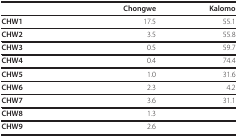
<table><thead><tr><td></td><td><b>Chongwe</b></td><td><b>Kalomo</b></td></tr></thead><tbody><tr><td><b>CHW1</b></td><td>17.5</td><td>55.1</td></tr><tr><td><b>CHW2</b></td><td>3.5</td><td>55.8</td></tr><tr><td><b>CHW3</b></td><td>0.5</td><td>59.7</td></tr><tr><td><b>CHW4</b></td><td>0.4</td><td>74.4</td></tr><tr><td><b>CHW5</b></td><td>1.0</td><td>31.6</td></tr><tr><td><b>CHW6</b></td><td>2.3</td><td>4.2</td></tr><tr><td><b>CHW7</b></td><td>3.6</td><td>31.1</td></tr><tr><td><b>CHW8</b></td><td>1.3</td><td></td></tr><tr><td><b>CHW9</b></td><td>2.6</td><td></td></tr></tbody></table>